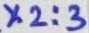
Text: X2:3